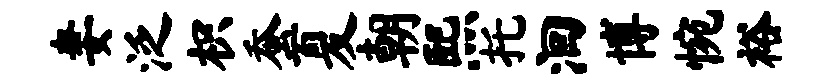
妻泛枳蚕夏朝熙托洄博惋裕